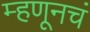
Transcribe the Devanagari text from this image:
म्हणूनचं